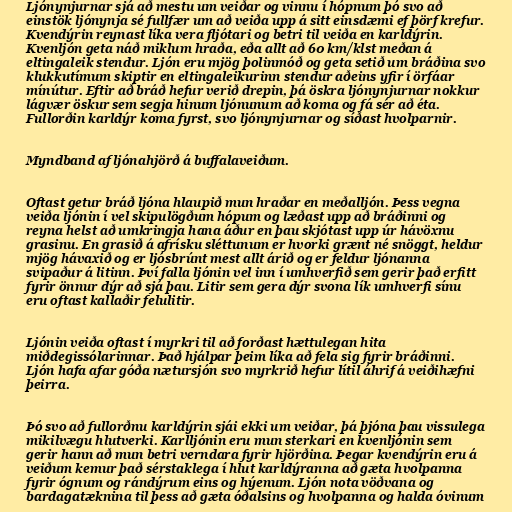
Ljónynjurnar sjá að mestu um veiðar og vinnu í hópnum þó svo að
einstök ljónynja sé fullfær um að veiða upp á sitt einsdæmi ef þörf krefur.
Kvendýrin reynast líka vera fljótari og betri til veiða en karldýrin.
Kvenljón geta náð miklum hraða, eða allt að 60 km/klst meðan á
eltingaleik stendur. Ljón eru mjög þolinmóð og geta setið um bráðina svo
klukkutímum skiptir en eltingaleikurinn stendur aðeins yfir í örfáar
mínútur. Eftir að bráð hefur verið drepin, þá öskra ljónynjurnar nokkur
lágvær öskur sem segja hinum ljónunum að koma og fá sér að éta.
Fullorðin karldýr koma fyrst, svo ljónynjurnar og síðast hvolparnir.

Myndband af ljónahjörð á buffalaveiðum.

Oftast getur bráð ljóna hlaupið mun hraðar en meðalljón. Þess vegna
veiða ljónin í vel skipulögðum hópum og læðast upp að bráðinni og
reyna helst að umkringja hana áður en þau skjótast upp úr hávöxnu
grasinu. En grasið á afrísku sléttunum er hvorki grænt né snöggt, heldur
mjög hávaxið og er ljósbrúnt mest allt árið og er feldur ljónanna
svipaður á litinn. Því falla ljónin vel inn í umhverfið sem gerir það erfitt
fyrir önnur dýr að sjá þau. Litir sem gera dýr svona lík umhverfi sínu
eru oftast kallaðir felulitir.

Ljónin veiða oftast í myrkri til að forðast hættulegan hita
miðdegissólarinnar. Það hjálpar þeim líka að fela sig fyrir bráðinni.
Ljón hafa afar góða nætursjón svo myrkrið hefur lítil áhrif á veiðihæfni
þeirra.

Þó svo að fullorðnu karldýrin sjái ekki um veiðar, þá þjóna þau vissulega
mikilvægu hlutverki. Karlljónin eru mun sterkari en kvenljónin sem
gerir hann að mun betri verndara fyrir hjörðina. Þegar kvendýrin eru á
veiðum kemur það sérstaklega í hlut karldýranna að gæta hvolpanna
fyrir ógnum og rándýrum eins og hýenum. Ljón nota vöðvana og
bardagatæknina til þess að gæta óðalsins og hvolpanna og halda óvinum